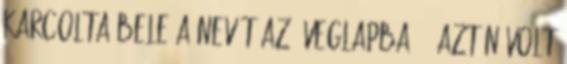
karcolta bele a nevét az üveglapba. – Aztán volt